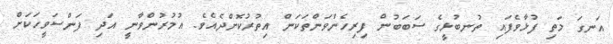
އަނގަ މަތި ފުޅާވެފައި ތުނބުޅީގެ ސަަބަބުން ފިރިހެންވަންތަކަން އިތުރުކޮށްދެއެވެ. އުމުރުންވާނީ އަދި ފަންސަވީހަކަށް